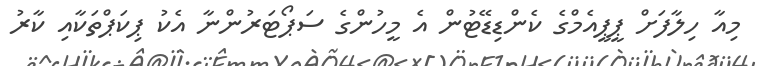
މިއާ ހިލާފަށް ޕީޕީއެމްގެ ކެންޑިޑޭޓުން އެ މީހުންގެ ސަޕޯޓަރުންނާ އެކު ޕިކަޕްތަކާއި ކާރު